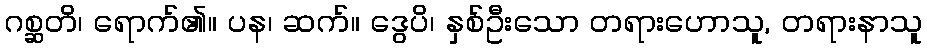
ဂစ္ဆတိ၊ ရောက်၏။ ပန၊ ဆက်။ ဒွေပိ၊ နှစ်ဦးသော တရားဟောသူ, တရားနာသူ